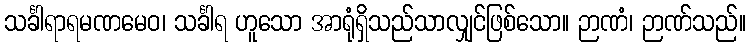
သင်္ခါရာရမဏမေဝ၊ သင်္ခါရ ဟူသော အာရုံရှိသည်သာလျှင်ဖြစ်သော။ ဉာဏံ၊ ဉာဏ်သည်။